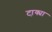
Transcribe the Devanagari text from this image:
टा़क्या